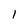
Character: l